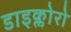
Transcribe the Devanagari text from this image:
डाइक्लोरो